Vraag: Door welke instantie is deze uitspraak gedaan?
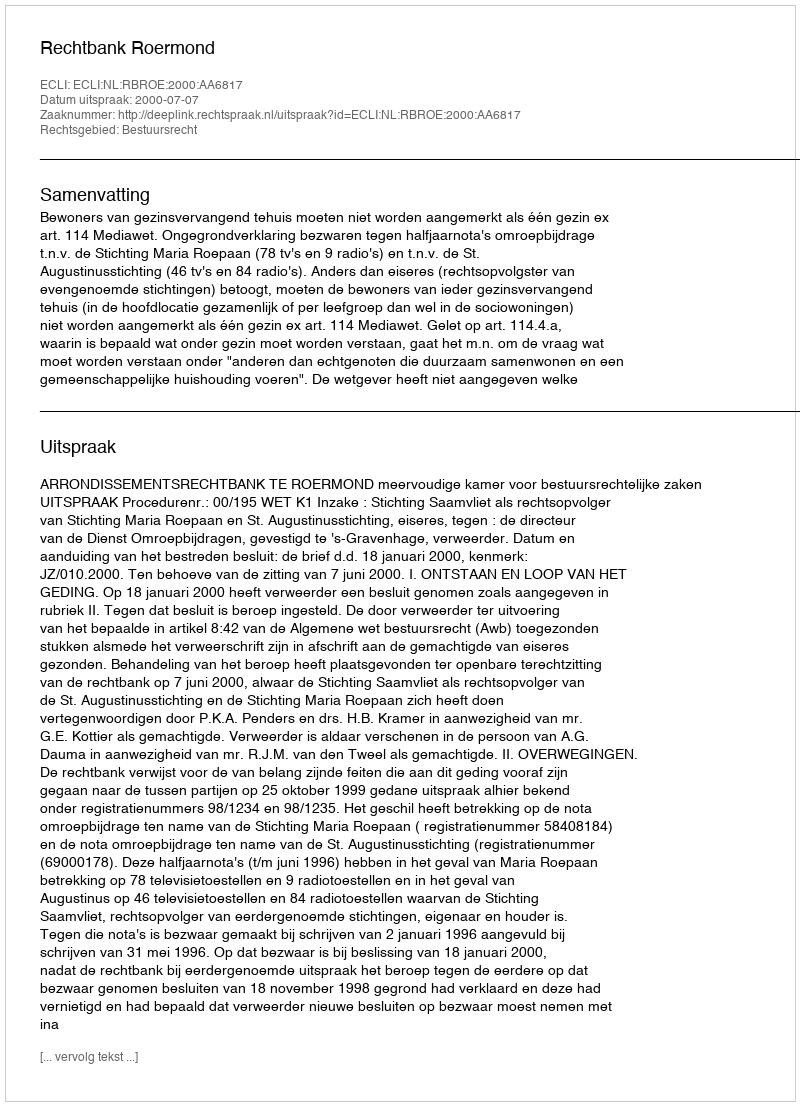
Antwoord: Rechtbank Roermond